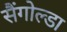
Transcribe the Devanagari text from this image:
सैंगोल्डा